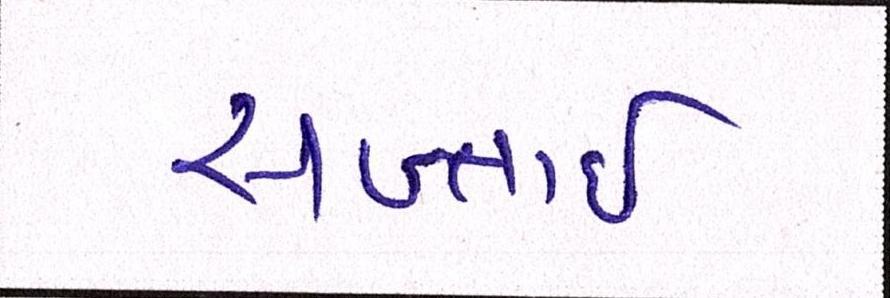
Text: સખ્તાઈ